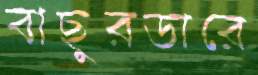
বাছুরডারে